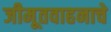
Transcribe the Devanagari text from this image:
जीमूतवाहनाचे